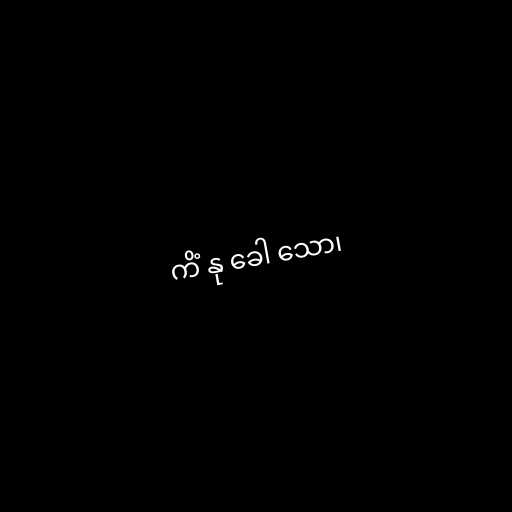
ကိံ နု ခေါ သော၊